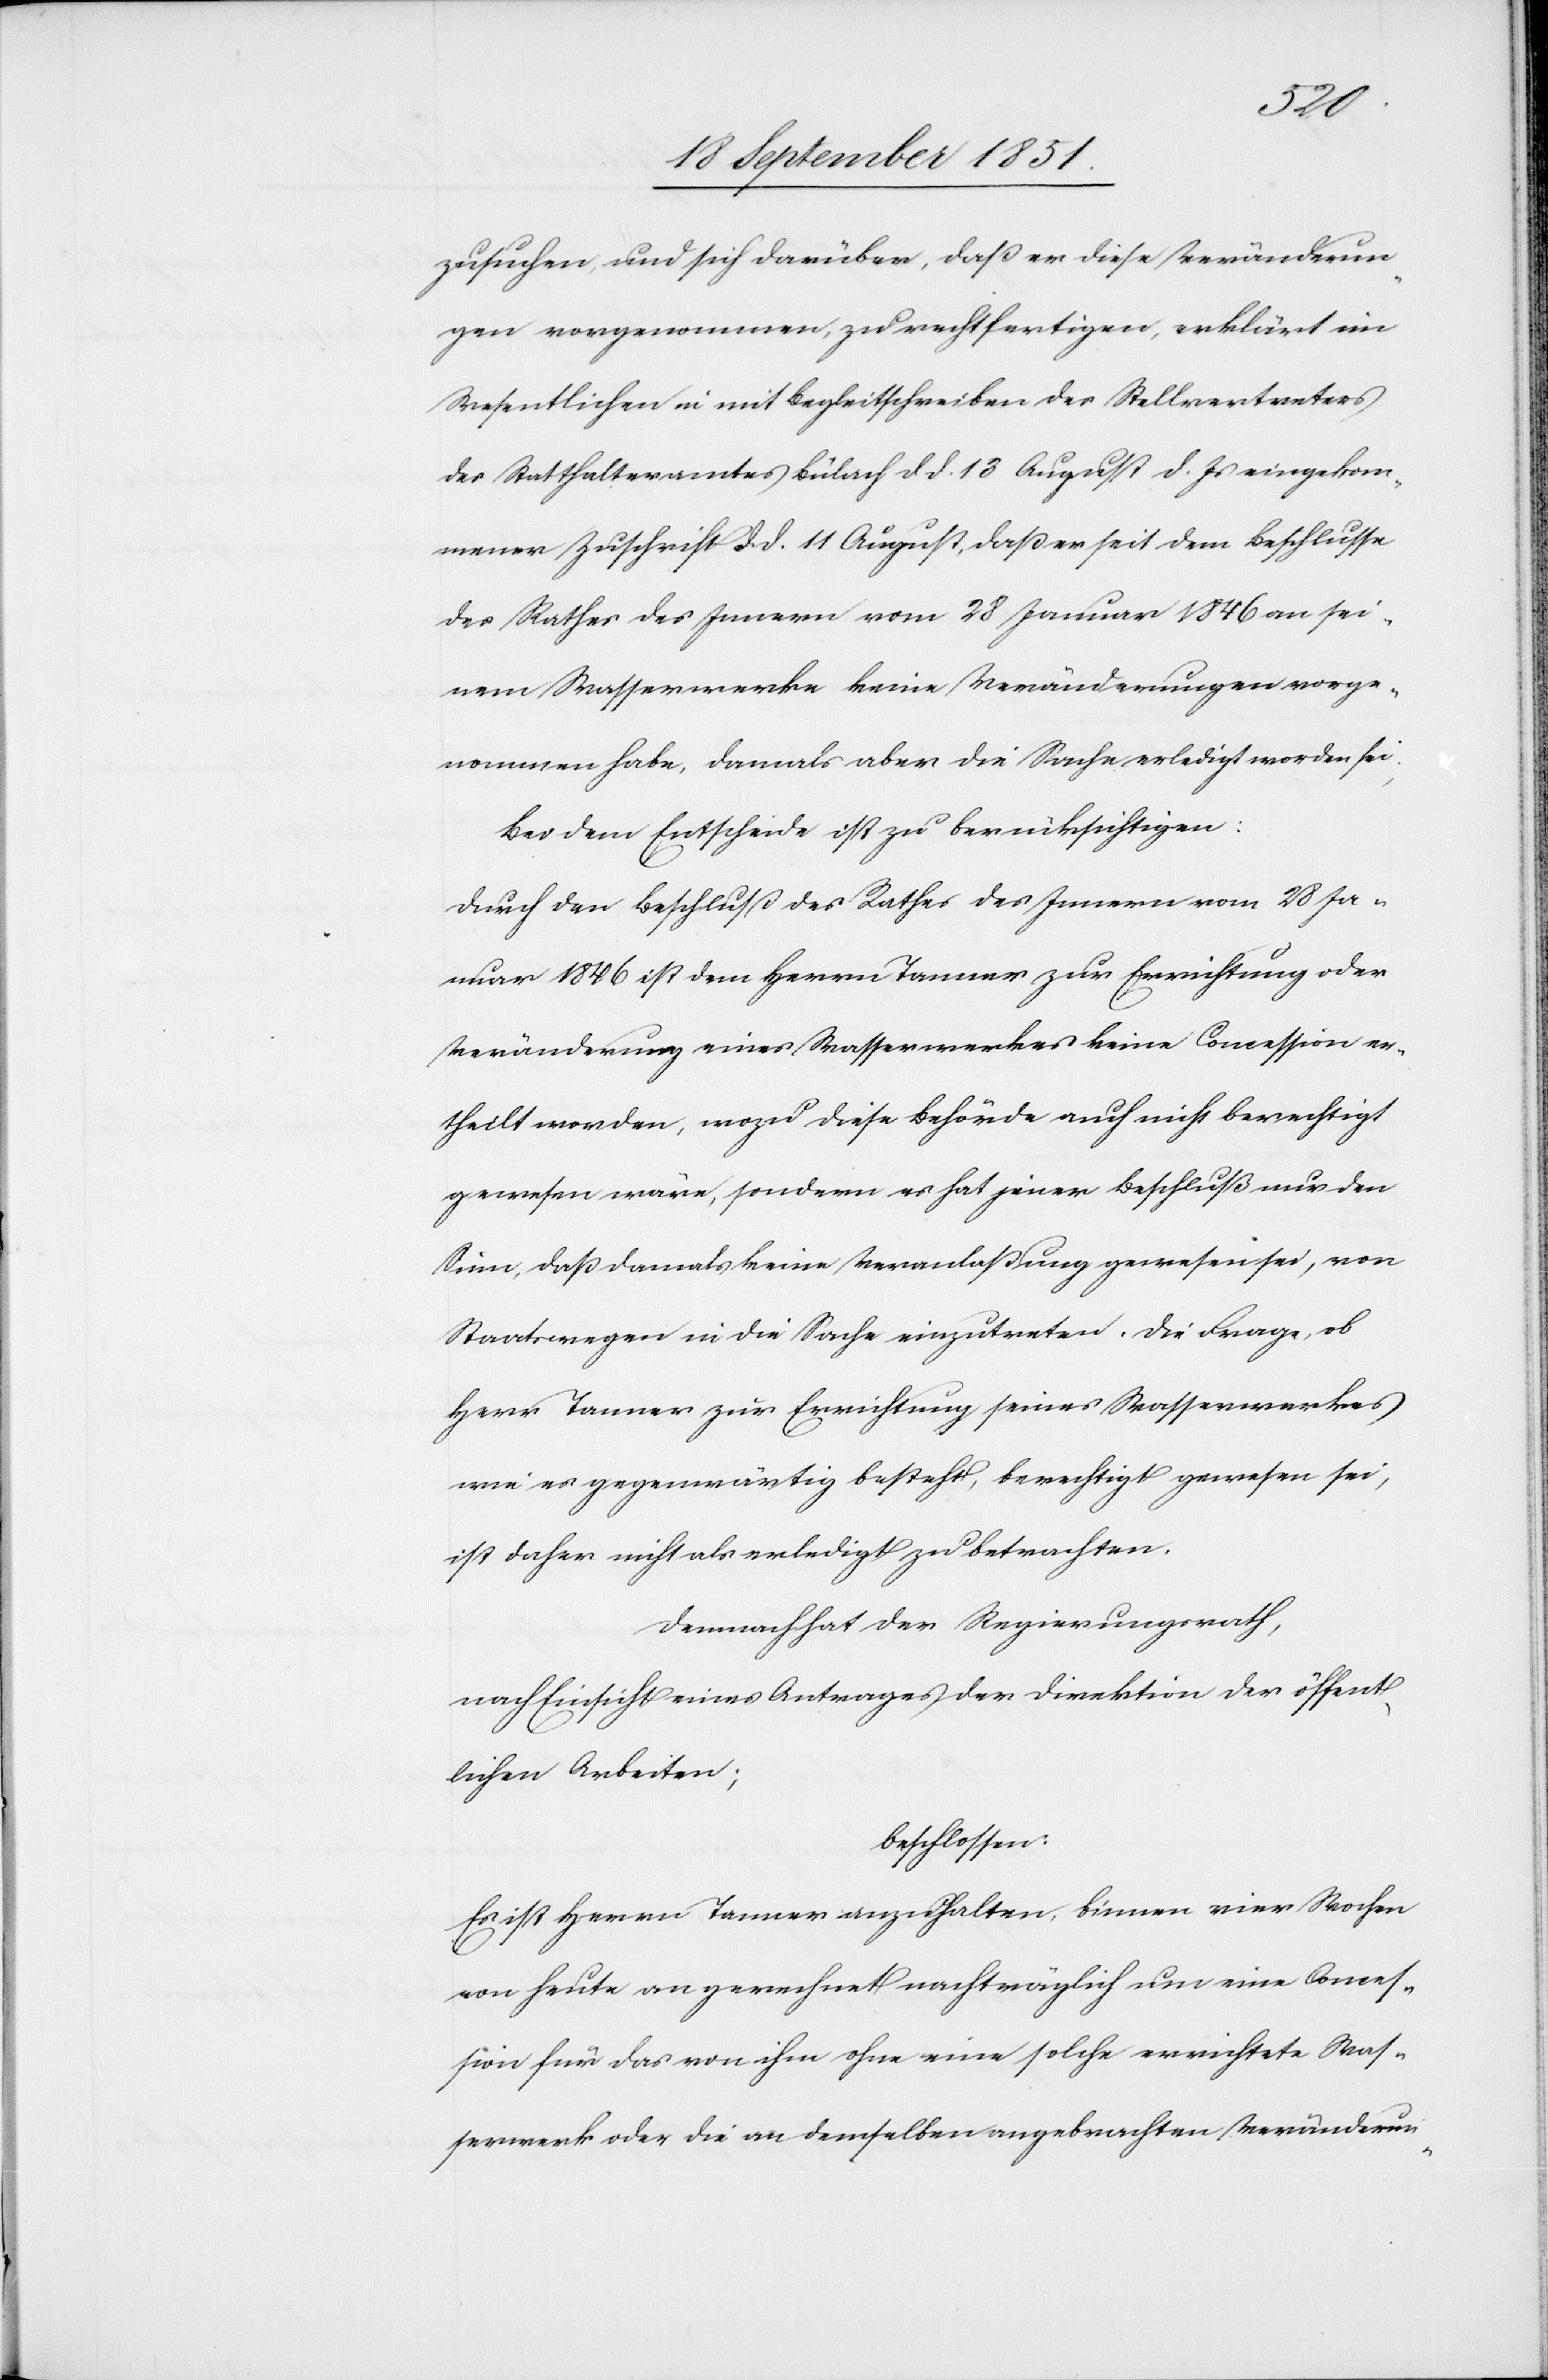
zusuchen, und sich darüber, daß er diese Veränderun¬
gen vorgenommen, zu rechtfertigen, erklärt im
Wesentlichen in mit Begleitschreiben des Stellvertreters
des Statthalteramtes Bülach d d. 13 August d. Js eingekom¬
mener Zuschrift d. d. 11 August, daß er seit dem Beschlusse
des Rathes des Innern vom 28 Januar 1846 an sei¬
nem Wasserwerke keine Veränderungen vorge¬
nommen habe, damals aber die Sache erledigt worden sei;
Bei dem Entscheide ist zu berücksichtigen:
Durch den Beschluß des Rathes des Innern vom 28 Ja¬
nuar 1846 ist dem Herrn Tanner zur Errichtung oder
Veränderung eines Wasserwerkes keine Concession er¬
theilt worden, wozu diese Behörde auch nicht berechtigt
gewesen wäre, sondern es hat jener Beschluß nur den
Sinn, daß damals keine Veranlaßung gewesen sei, von
Staatswegen in die Sache einzutreten. Die Frage, ob
Herr Tanner zur Errichtung seines Wasserwerkes
wie es gegenwärtig besteht, berechtigt gewesen sei,
ist daher nicht als erledigt zu betrachten.
Demnach hat der Regierungsrath,
nach Einsicht eines Antrages der Direktion der öffent¬
lichen Arbeiten;
beschlossen:
Es ist Herrn Tanner anzuhalten, binnen vier Wochen
von heute an gerechnet nachträglich um eine Conces¬
sion für das von ihm ohne eine solche errichtete Was¬
serwerk oder die an demselben angebrachten Veränderun-